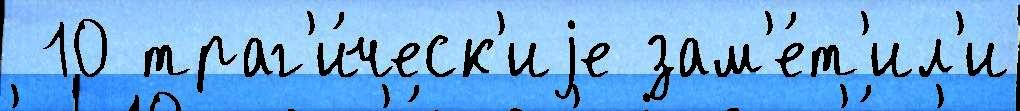
 10 траг'и́ческ'иjе зам'е́т'ил'и